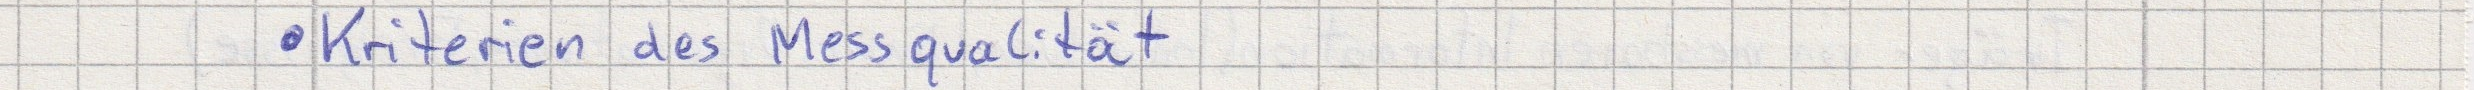
- Kriterien des Messqualität